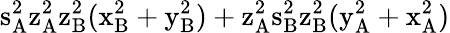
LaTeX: \mathrm{s_{A}^{2}\mathrm{z_{A}^{2}\mathrm{z_{B}^{2}(\mathrm{x_{B}^{2}+\mathrm{y_{B}^{2})+\mathrm{z_{A}^{2}\mathrm{s_{B}^{2}\mathrm{z_{B}^{2}(\mathrm{y_{A}^{2}+\mathrm{x_{A}^{2})}}}}}}}}}}